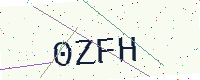
Text: 0ZFH